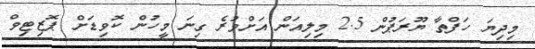
މިދިޔަ ހަފްތާ ޔޫރަޕުން 2.5 މިލިއަން އަށްވުރެ ގިނަ މީހުން ކޮވިޑަށް ޕޮޒިޓިވް